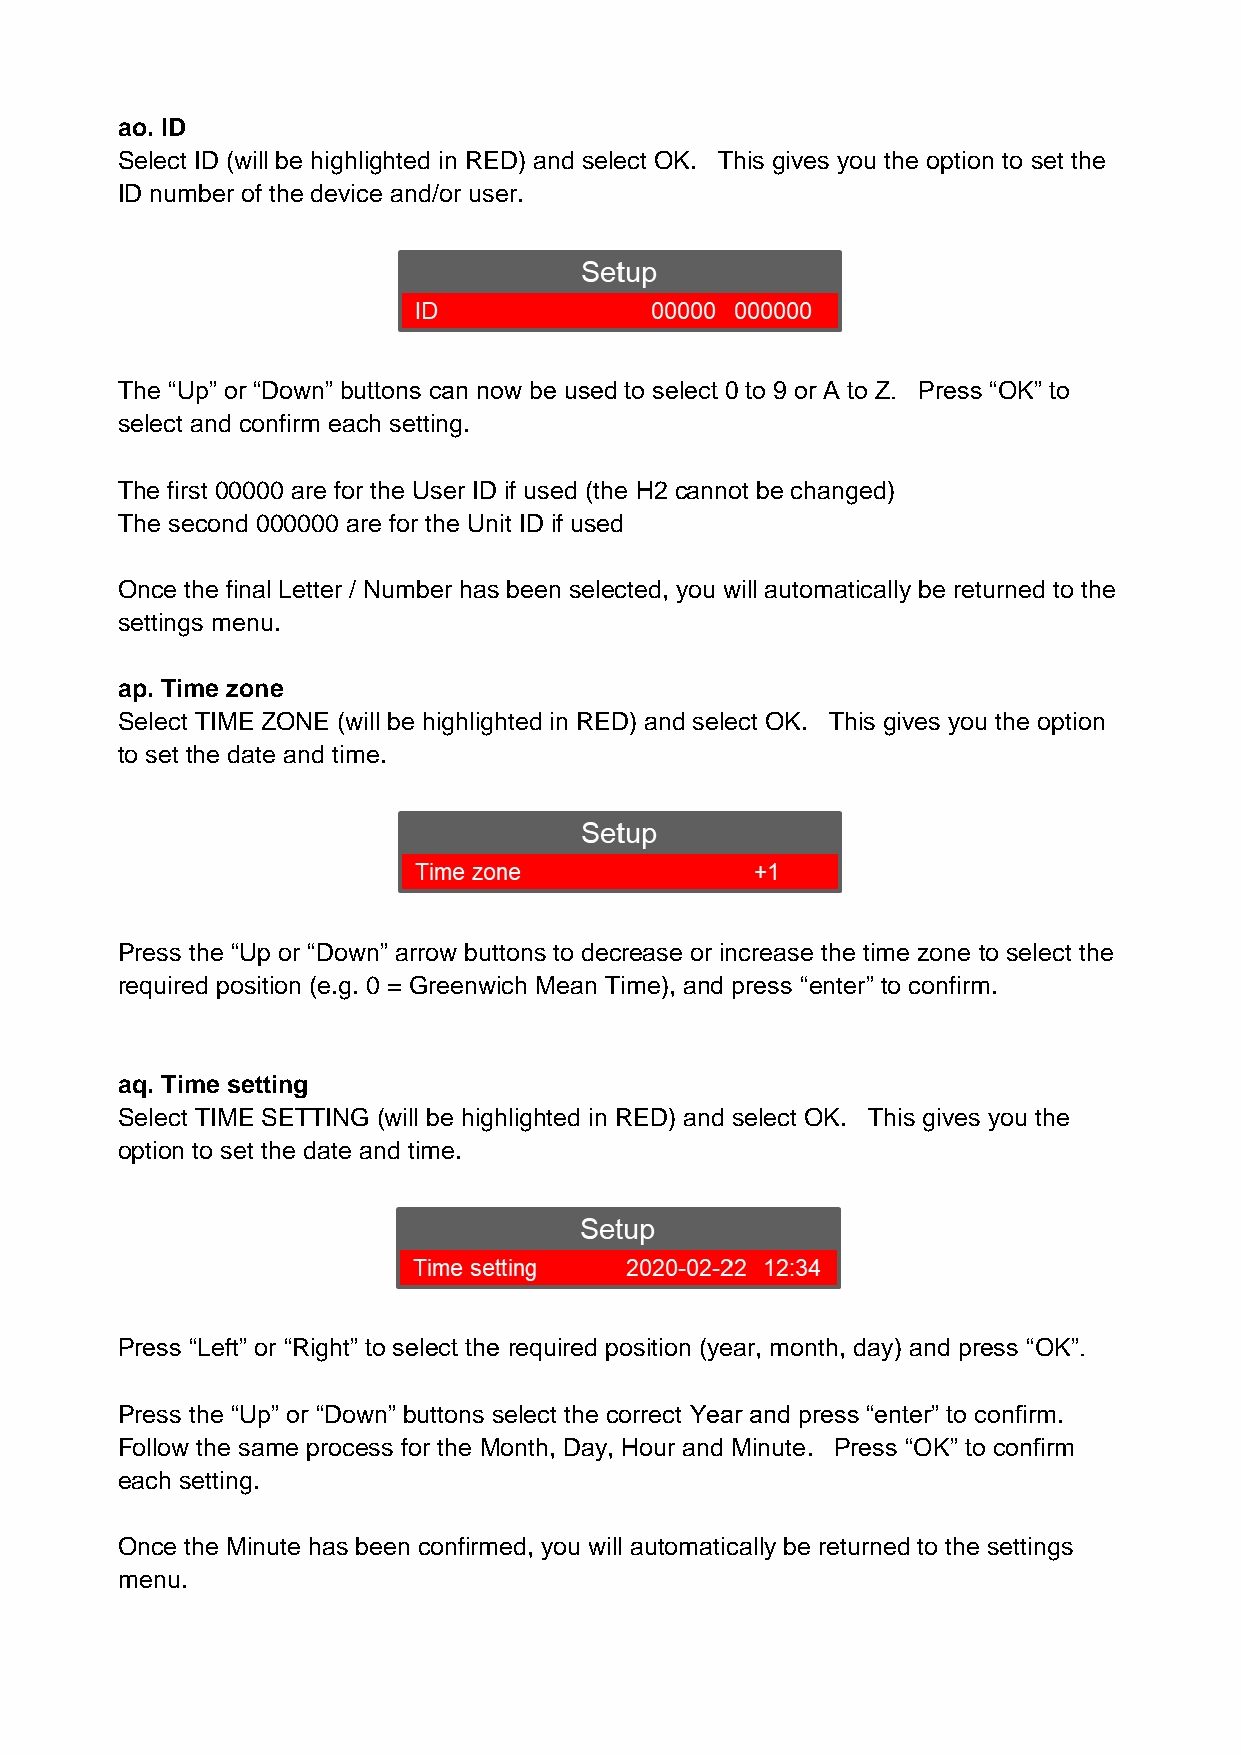
ao. ID
 Select ID (will be highlighted in RED) and select OK. This gives you the option to set the
 ID number of the device and/or user.
 The “Up” or “Down” buttons can now be used to select 0 to 9 or A to Z. Press “OK” to
 select and confirm each setting.
 The first 00000 are for the User ID if used (the H2 cannot be changed)
 The second 000000 are for the Unit ID if used
 Once the final Letter / Number has been selected, you will automatically be returned to the
 settings menu.
 ap. Time zone
 Select TIME ZONE (will be highlighted in RED) and select OK. This gives you the option
 to set the date and time.
 Press the “Up or “Down” arrow buttons to decrease or increase the time zone to select the
 required position (e.g. 0 = Greenwich Mean Time), and press “enter” to confirm.
 aq. Time setting
 Select TIME SETTING (will be highlighted in RED) and select OK. This gives you the
 option to set the date and time.
 Press “Left” or “Right” to select the required position (year, month, day) and press “OK”.
 Press the “Up” or “Down” buttons select the correct Year and press “enter” to confirm.
 Follow the same process for the Month, Day, Hour and Minute. Press “OK” to confirm
 each setting.
 Once the Minute has been confirmed, you will automatically be returned to the settings
 menu.